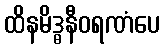
ထိနမိဒ္ဓနီဝရဏံပေ